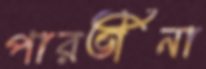
পারভীনা